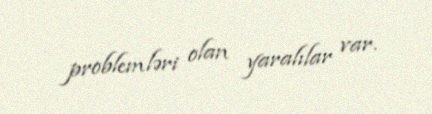
problemləri olan yaralılar var.